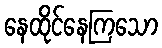
နေထိုင်နေကြသော